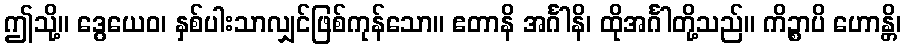
ဤသို့။ ဒွေယေဝ၊ နှစ်ပါးသာလျှင်ဖြစ်ကုန်သော။ ဧတာနိ အင်္ဂါနိ၊ ထိုအင်္ဂါတို့သည်။ ကိဉ္စာပိ ဟောန္တိ၊